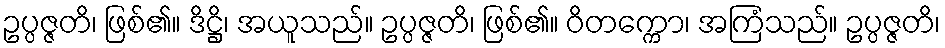
ဥပ္ပဇ္ဇတိ၊ ဖြစ်၏။ ဒိဋ္ဌိ၊ အယူသည်။ ဥပ္ပဇ္ဇတိ၊ ဖြစ်၏။ ဝိတက္ကော၊ အကြံသည်။ ဥပ္ပဇ္ဇတိ၊